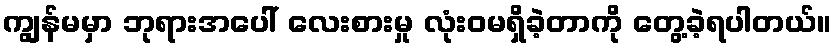
ကျွန်မမှာ ဘုရားအပေါ် လေးစားမှု လုံး၀မရှိခဲ့တာကို တွေ့ခဲ့ရပါတယ်။